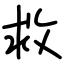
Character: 救